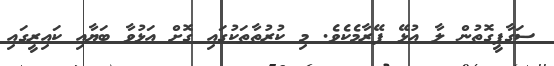
ސަގާފީގޮތުން ލާ އުޅޭ ފޭރާމެކެވެ. މި ކުރުތާތަކުގައި ގޮށް އަޅުވާ ބަޔާއި ކައިރީގައި